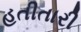
હતીતારી